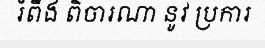
រំពឹង ពិចារណា នូវ ប្រការ